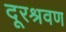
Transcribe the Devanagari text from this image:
दूरश्रवण